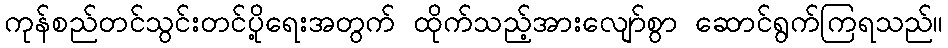
ကုန်စည်တင်သွင်းတင်ပို့ရေးအတွက် ထိုက်သည့်အားလျော်စွာ ဆောင်ရွက်ကြရသည်။